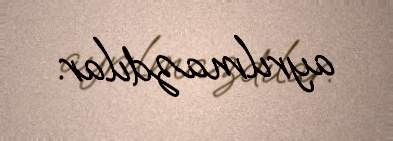
ayrılmazdılar.